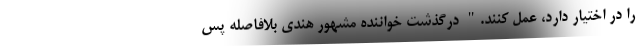
را در اختیار دارد، عمل کنند." درگذشت خواننده مشهور هندی بلافاصله پس